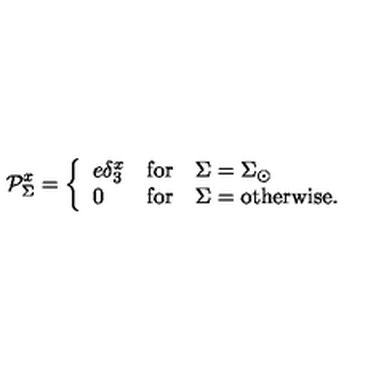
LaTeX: \mathcal { P } _ { \Sigma } ^ { x } = \left\{ \begin{array} { l c l } { e \delta _ { 3 } ^ { x } } & { \mathrm { f o r } } & { \Sigma = \Sigma _ { \odot } } \\ { 0 } & { \mathrm { f o r } } & { \Sigma = \mathrm { o t h e r w i s e . } \ } \\ \end{array} \right.